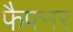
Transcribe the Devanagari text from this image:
फैफ्नर